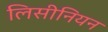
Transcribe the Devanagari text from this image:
लिसीनियन